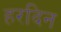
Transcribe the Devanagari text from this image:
हरदिन